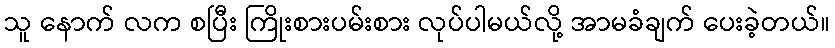
သူ နောက် လက စပြီး ကြိုးစားပမ်းစား လုပ်ပါမယ်လို့ အာမခံချက် ပေးခဲ့တယ်။